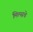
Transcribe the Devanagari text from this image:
मिल्सचे